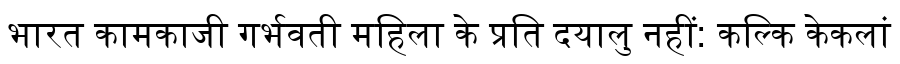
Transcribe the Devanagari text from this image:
भारत कामकाजी गर्भवती महिला के प्रति दयालु नहीं: कल्कि केकलां